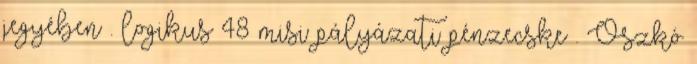
jegyében . logikus 48 misi pályázati pénzecske . Oszkó